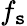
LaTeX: f_{\mathtt{s}}